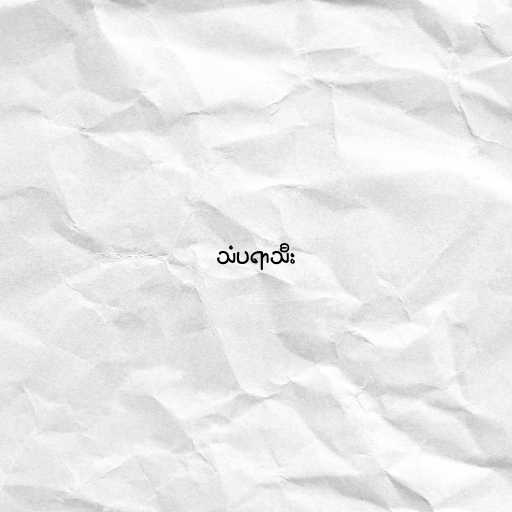
သံပရာသီး